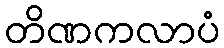
တိဏကလာပံ